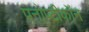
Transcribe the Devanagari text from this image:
पनोप्टीकॉन